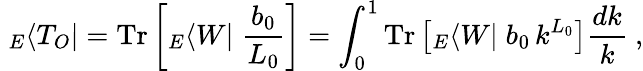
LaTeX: \; {}_{E}\langle T_{O}|=\mathrm{Tr}\left[{}_{E}\langle W|\; \frac{b_{0}}{L_{0}}\right]=\int_{0}^{1}\mathrm{Tr}\left[{}_{E}\langle W|\; b_{0}\, k^{L_{0}}\right]\frac{dk}{k}~,